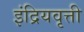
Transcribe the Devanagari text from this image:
इंद्रियवृत्ती